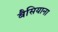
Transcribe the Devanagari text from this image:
बैसियाना